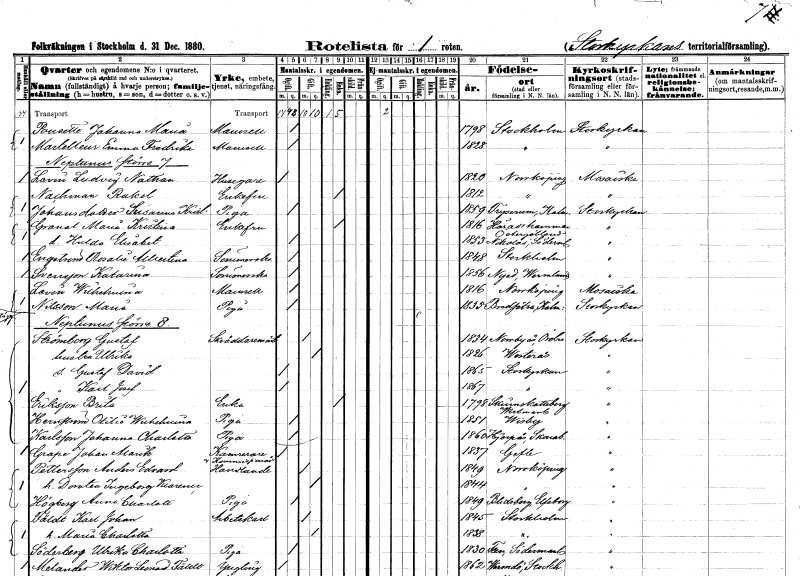
gt_parse: households: individuals: FN: Johanna Maria
EN: Pousette
KON: K
CIV: O
FODAR: 1798
FODFORS: Stockholm
FN: Emma Fredrika
EN: Martelleur
KON: K
CIV: O
FODAR: 1828
FODFORS: Stockholm
FN: Ludvig Nathan
EN: Loven
YRKE: Husägare
KON: M
CIV: O
FODAR: 1820
FODFORS: Norrköping Östergötlands län
FN: Rakel
EN: Nachman
KON: K
CIV: E
FODAR: 1812
FODFORS: Norrköping Östergötlands län
FN: Susanna Kristina
EN: Johansdotter
YRKE: Piga
KON: K
CIV: O
FODAR: 1859
FODFORS: Tryserum Östergötlands län
FN: Maria Kristina
EN: Granat
KON: K
CIV: E
FODAR: 1816
FODFORS: Häradshammar Östergötlands län
FN: Hulda Elisabet
KON: K
CIV: O
FODAR: 1853
FODFORS: Nikolai Södermanlands län
FN: Rosalie Albertina
EN: Engström
YRKE: Sömmerska
KON: K
CIV: O
FODAR: 1848
FODFORS: Stockholm
FN: Katarina
EN: Svensson
YRKE: Sömmerska
KON: K
CIV: O
FODAR: 1856
FODFORS: Nyed Värmlands län
FN: Wilhelmina
EN: Levén
KON: K
CIV: O
FODAR: 1816
FODFORS: Norrköping Östergötlands län
FN: Maria
EN: Nilsson
YRKE: Piga
KON: K
CIV: O
FODAR: 1833
FODFORS: Bredsätra Kalmar län
FN: Gustaf
EN: Strömberg
YRKE: Skräddarmästare
KON: M
CIV: G
FODAR: 1834
FODFORS: Norrbyås Örebro län
FN: Ulrika
KON: K
CIV: G
FODAR: 1826
FODFORS: Västerås Västmanlands län
FN: Gustaf David
KON: M
CIV: O
FODAR: 1865
FODFORS: Storkyrkoförsamlingen Stockholms stad
FN: Karl Josef
KON: M
CIV: O
FODAR: 1867
FODFORS: Storkyrkoförsamlingen Stockholms stad
FN: Brita
EN: Eriksson
YRKE: Änka
KON: K
CIV: E
FODAR: 1798
FODFORS: Skinnskatteberg Västmanlands län
FN: Otilia Wilhelmina
EN: Hernström
YRKE: Piga
KON: K
CIV: O
FODAR: 1851
FODFORS: Visby Gotlands län
FN: Johanna Charlotta
EN: Karlsson
YRKE: Piga
KON: K
CIV: O
FODAR: 1860
FODFORS: Hjärpås Skaraborgs län
FN: Johan Alarik
EN: Grape
YRKE: Kamrerare Kommissionär
KON: M
CIV: O
FODAR: 1857
FODFORS: Gävle Gävleborgs län
FN: Anders Edvard
EN: Pettersson
YRKE: Handlande
KON: M
CIV: G
FODAR: 1849
FODFORS: Norrköping Östergötlands län
FN: Dorotea Ingeborg Klarence
KON: K
CIV: G
FODAR: 1844
FODFORS: Norrköping Östergötlands län
FN: Anna Charlotta
EN: Högberg
YRKE: Piga
KON: K
CIV: O
FODAR: 1849
FODFORS: Norrköping Östergötlands län